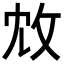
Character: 𢼈